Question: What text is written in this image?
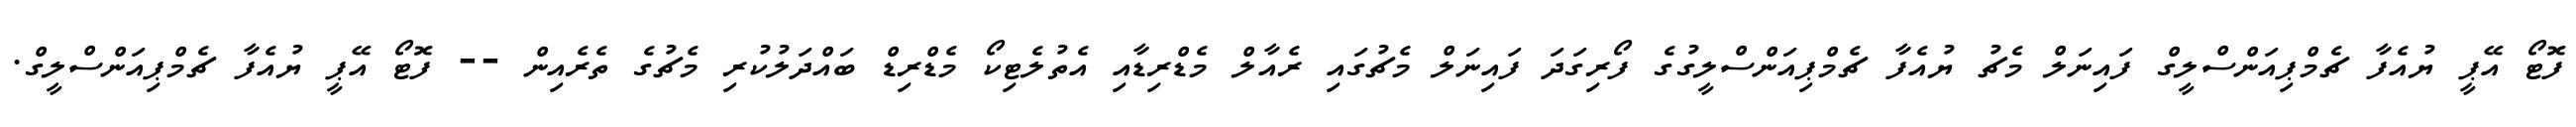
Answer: ފޮޓޯ އޭޕީ ޔުއެފާ ޗެމްޕިއަންސްލީގް ފައިނަލް މެޗު ޔުއެފާ ޗެމްޕިއަންސްލީގުގެ ފޯރިގަދަ ފައިނަލް މެޗުގައި ރެއާލް މެޑްރިޑާއި އެތުލެޓިކޯ މެޑްރިޑް ބައްދަލުކުރި މެޗުގެ ތެރެއިން -- ފޮޓޯ އޭޕީ ޔުއެފާ ޗެމްޕިއަންސްލީގް.